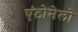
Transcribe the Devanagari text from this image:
एंटोनेलो